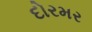
દોરમર